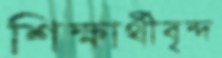
শিক্ষার্থীবৃন্দ